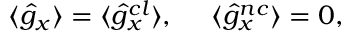
\langle \hat { g } _ { x } \rangle = \langle \hat { g } _ { x } ^ { c l } \rangle , ~ ~ ~ ~ \langle \hat { g } _ { x } ^ { n c } \rangle = 0 ,